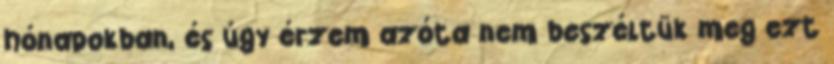
hónapokban, és úgy érzem azóta nem beszéltük meg ezt